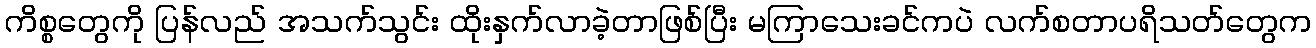
ကိစ္စတွေကို ပြန်လည် အသက်သွင်း ထိုးနှက်လာခဲ့တာဖြစ်ပြီး မကြာသေးခင်ကပဲ လက်စတာပရိသတ်တွေက